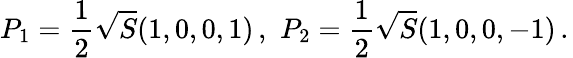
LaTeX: P_{1}={\frac{1}{2}}\sqrt{S}(1,0,0,1)\, ,\, \, P_{2}={\frac{1}{2}}\sqrt{S}(1,0,0,-1)\, .\,